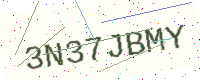
Text: 3N37JBMY